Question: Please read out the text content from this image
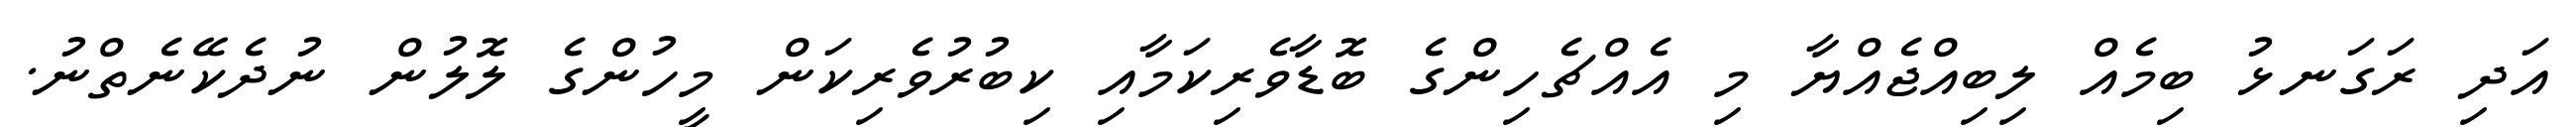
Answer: އަދި ރަގަނޅު ބިމެއް ލިބިއްޖެއްޔާ މި އެއްޗެހިންގެ ބޮޑާވެރިކަމާއި ކިބުރުވެރިކަން މީހުންގެ ލޮލުން ނުދެކޭނެތްނު.